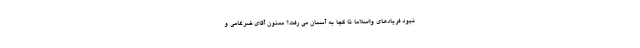
نبود فریادهای وااسلاما تا کجا به آسمان می رفت؟ ممنون آقای ضرغامی و